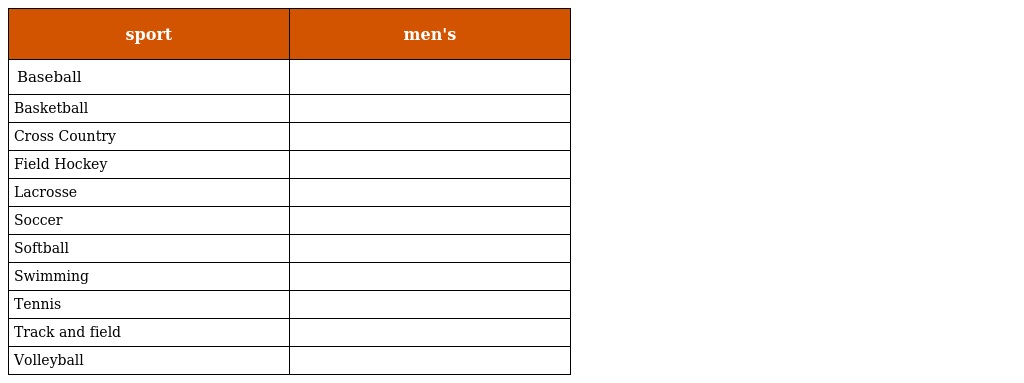
| sport | men's |
 | --- | --- |
 | Baseball |  |
 | Basketball |  |
 | Cross Country |  |
 | Field Hockey |  |
 | Lacrosse |  |
 | Soccer |  |
 | Softball |  |
 | Swimming |  |
 | Tennis |  |
 | Track and field |  |
 | Volleyball |  |